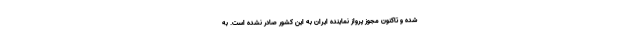
شده و تاکنون مجوز پرواز نماینده ایران به این کشور صادر نشده است. به